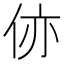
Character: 㑊